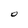
Character: O